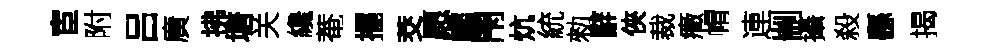
宦附吕廣拂塘关纔菴擺茭愿靡閇炕統勑辭俠裁癥㡌連剬攝殺繇揭